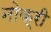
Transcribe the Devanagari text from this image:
नोक्री